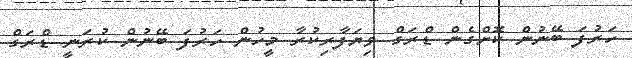
ހަރުފަ ބޭނުން ކޮށްގެން ޑްރަގް ވިޔަފާރިކުރާ މީހުން ހަރުފަ ބޭނުން ކުރަނީ ޑްރަގް